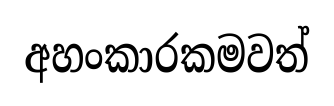
අහංකාරකමවත්